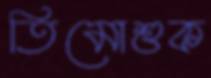
তিমোশুক